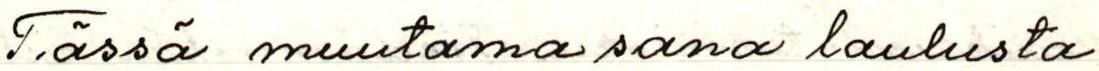
Tässä muutama sana laulusta